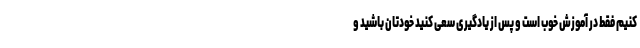
کنیم فقط در آموزش خوب است و پس از یادگیری سعی کنید خودتان باشید و